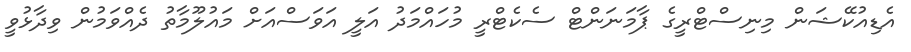
އެޑިއުކޭޝަން މިނިސްޓްރީގެ ޕާމަނަންޓް ސެކެޓްރީ މުހައްމަދު އަލީ އަވަސްއަށް މައުލޫމާތު ދެއްވަމުން ވިދާޅުވީ